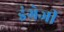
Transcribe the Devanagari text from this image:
इंग्रेजी